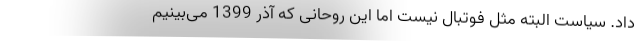
داد. سیاست البته مثل فوتبال نیست اما این روحانی که آذر 1399 می‌بینیم